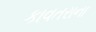
કાવતરાના